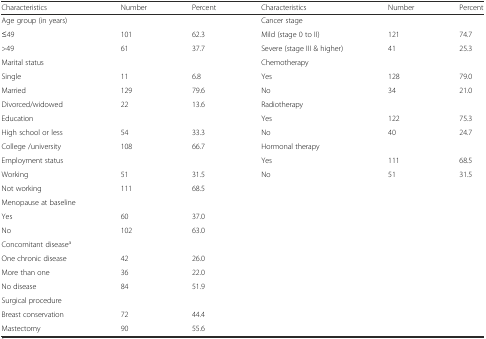
| Characteristics | Number | Percent | Characteristics | Number | Percent |
 | --- | --- | --- | --- | --- | --- |
 | Age group (in years) |  |  | Cancer stage |  |  |
 | ≤49 | 101 | 62.3 | Mild (stage 0 to II) | 121 | 74.7 |
 | >49 | 61 | 37.7 | Severe (stage III & higher) | 41 | 25.3 |
 | Marital status |  |  | Chemotherapy |  |  |
 | Single | 11 | 6.8 | Yes | 128 | 79.0 |
 | Married | 129 | 79.6 | No | 34 | 21.0 |
 | Divorced/widowed | 22 | 13.6 | Radiotherapy |  |  |
 | Education |  |  | Yes | 122 | 75.3 |
 | High school or less | 54 | 33.3 | No | 40 | 24.7 |
 | College /university | 108 | 66.7 | Hormonal therapy |  |  |
 | Employment status |  |  | Yes | 111 | 68.5 |
 | Working | 51 | 31.5 | No | 51 | 31.5 |
 | Not working | 111 | 68.5 |  |  |  |
 | Menopause at baseline |  |  |  |  |  |
 | Yes | 60 | 37.0 |  |  |  |
 | No | 102 | 63.0 |  |  |  |
 | Concomitant diseasea |  |  |  |  |  |
 | One chronic disease | 42 | 26.0 |  |  |  |
 | More than one | 36 | 22.0 |  |  |  |
 | No disease | 84 | 51.9 |  |  |  |
 | Surgical procedure |  |  |  |  |  |
 | Breast conservation | 72 | 44.4 |  |  |  |
 | Mastectomy | 90 | 55.6 |  |  |  |